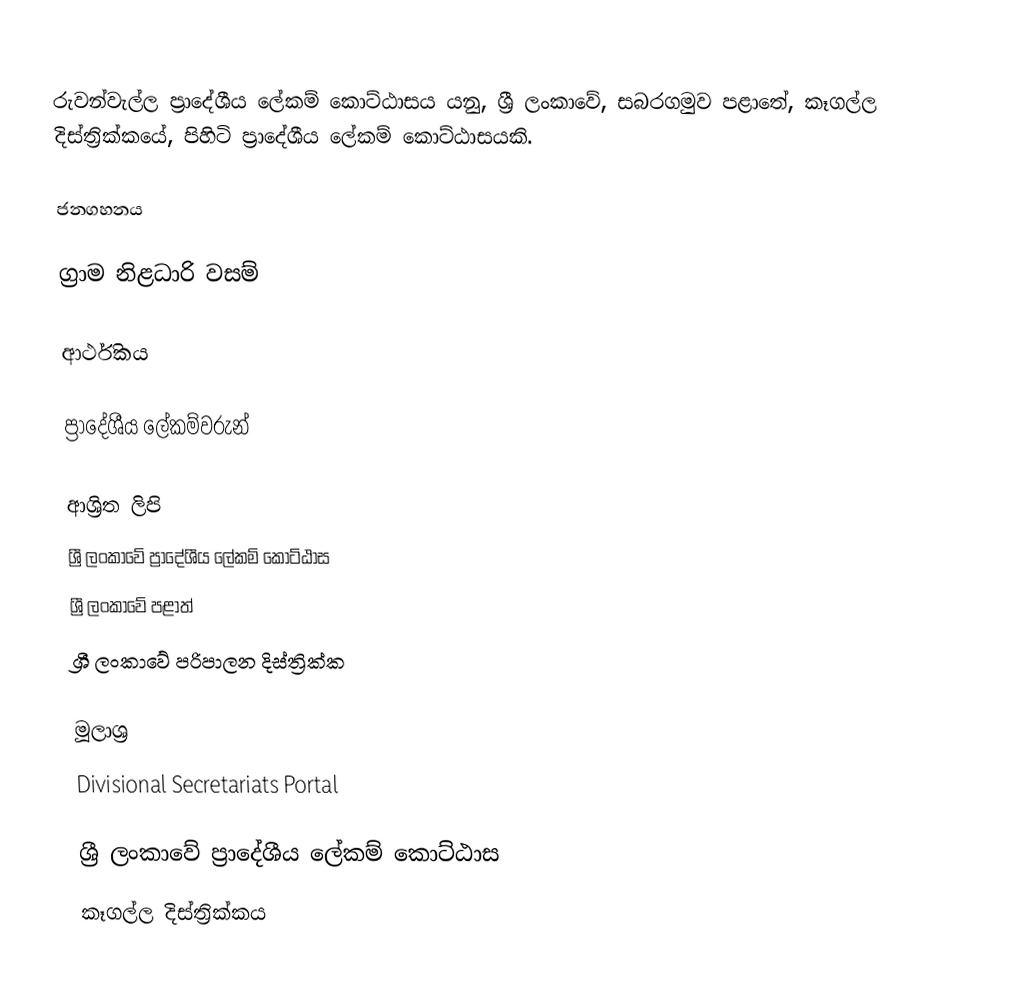
රුවන්වැල්ල ප්‍රාදේශීය ලේකම් කොට්ඨාසය යනු,  ශ්‍රී ලංකාවේ, සබරගමුව පළාතේ,   කෑගල්ල දිස්ත්‍රික්කයේ, පිහිටි ප්‍රාදේශීය ලේකම් කොට්ඨාසයකි.

ජනගහනය

ග්‍රාම නිළධාරි වසම්

ආර්ථිකය

ප්‍රාදේශීය ලේකම්වරුන්

ආශ්‍රිත ලිපි
ශ්‍රී ලංකාවේ ප්‍රාදේශීය ලේකම් කොට්ඨාස
ශ්‍රී ලංකාවේ පළාත්
ශ්‍රී ලංකාවේ පරිපාලන දිස්ත්‍රික්ක

මූලාශ්‍ර
 Divisional Secretariats Portal

ශ්‍රී ලංකාවේ ප්‍රාදේශීය ලේකම් කොට්ඨාස
කෑගල්ල දිස්ත්‍රික්කය